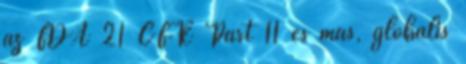
az FDA 21 CFR Part 11 és más, globális